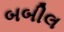
બબીલ